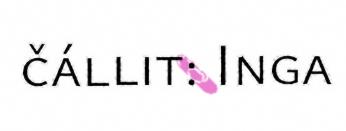
čállit: Inga